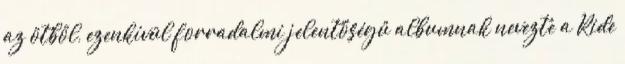
az ötből, ezenkívül forradalmi jelentőségű albumnak nevezte a Ride